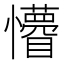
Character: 𭟤